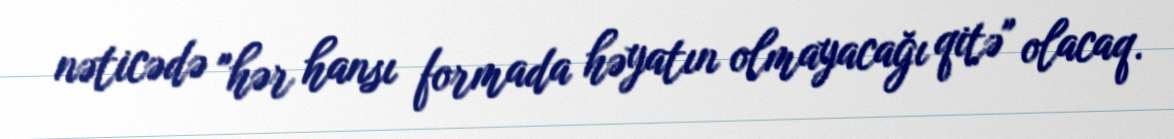
nəticədə "hər hansı formada həyatın olmayacağı qitə" olacaq.